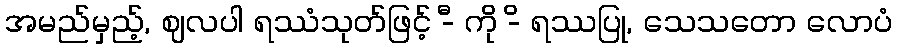
အမည်မှည့်, ဈလပါ ရဿံသုတ်ဖြင့် -ီ ကို -ိ ရဿပြု, သေသတော လောပံ